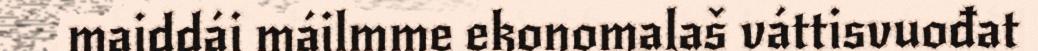
maiddái máilmme ekonomalaš váttisvuođat